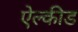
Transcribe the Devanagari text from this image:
ऐल्कीड